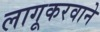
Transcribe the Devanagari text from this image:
लागूकरवाने